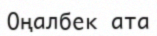
Оңалбек ата